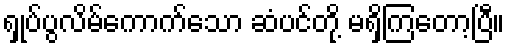
ရှုပ်ပွလိမ်ကောက်သော ဆံပင်တို့ မရှိကြတော့ပြီ။